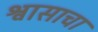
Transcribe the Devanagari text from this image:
श्वासाचा